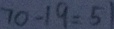
7 0 - 1 9 = 5 1